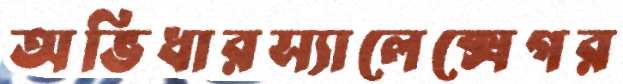
অভিধারস্যালেক্সেগর